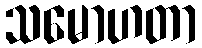
သမောဟတာ